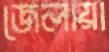
জেলায়া